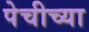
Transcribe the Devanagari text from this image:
पेचीच्या